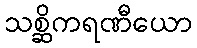
သစ္ဆိကရဏီယော